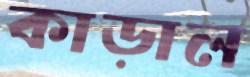
কাড়াল